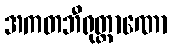
အကတဘီရုတ္တာဏော